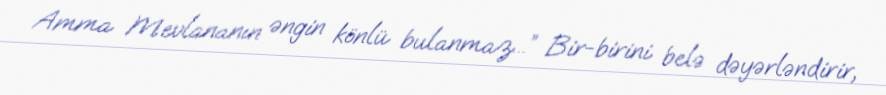
Amma Mevlananın əngin könlü bulanmaz...” Bir-birini belə dəyərləndirir,